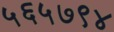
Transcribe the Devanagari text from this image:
५६५७९४